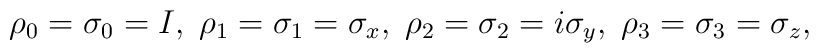
\rho_0=\sigma_0=I,\; \rho_1=\sigma_1=\sigma_x,\;\rho_2=\sigma_2=i\sigma_y,\;  \rho_3=\sigma_3=\sigma_z,\;